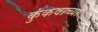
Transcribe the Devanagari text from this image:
कुंकवाच्या